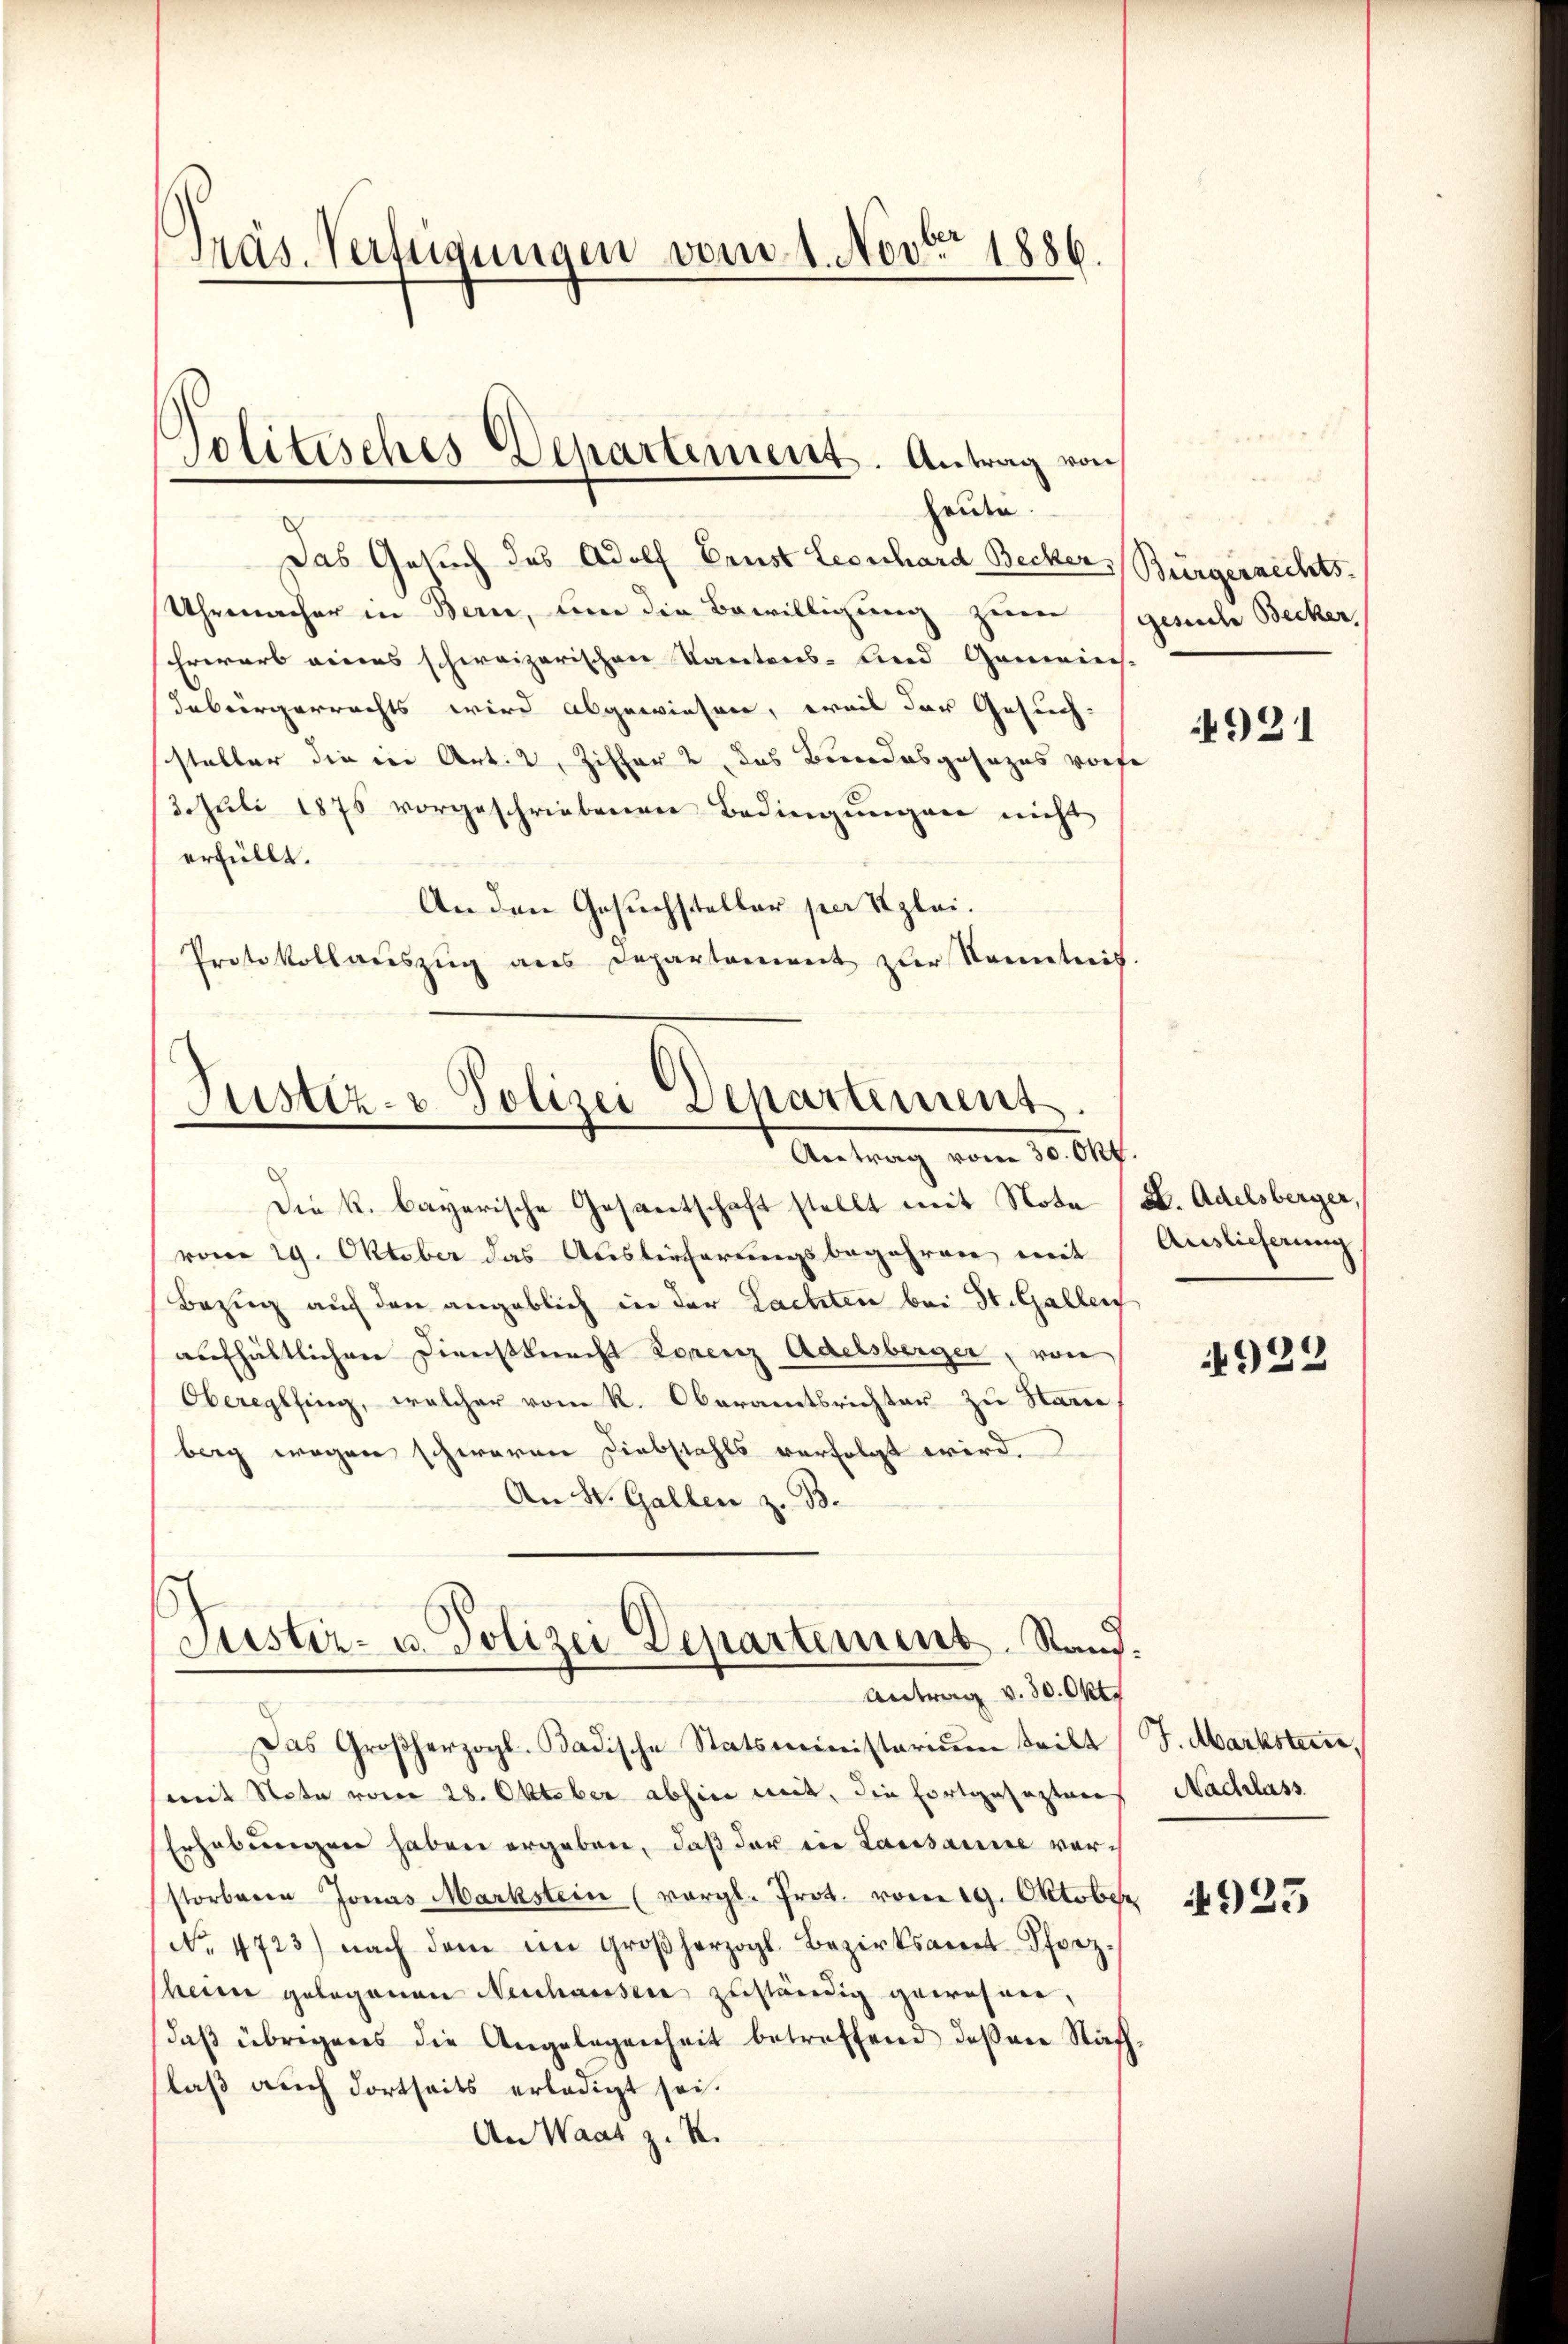
Präs. Verfügungen vom 1. Nov. 1886.

olitisches Departement. Antrag von
heute.

Justiz- u Polizei Departement
Antrag vom 2000 f.

Justiz- u. Polizei Departement. Stand:
Antrag v. 30. Okt.
Das Großherzogl-Badische Statsministerium teilt

Das Gesuch des Adolf Ernst Leonhard Becker, Bürgerrechts-
Uhrmacher in Bern, um die Bewilligung zum gesuche Becker,
hrerart eines schweizerischen Kantons- und Gemeins.
Inbergerrechts wird abgewiesen, weil der Gesuch-
ssteller die in Art. 2, Ziffer & das Bundesgesezes worfe
3. Juli 1875 vorgeschriebenen Bedingungen nicht
erfüllt.
An den Gesuchsteller per Klei¬
Protokollaŭszŭg ans Departament zŭr Kenntnis

Die k. bayerische Gesantschaft stellt mit Nota (B. Adelsberger,
vom 19. Oktober das Auslieferungsbegehren mit
Bezug auf den angeblich in der Lachten bei St. Gallen
aufhältlichen Dienstknecht Lorenz Adelsberger, von
Obereglfing, welcher vom k. Oberamtsrichter zu Hande,
berg wegen schweren Diebstahls verfolgt wird.
An St. Gallen z. B.
mit Nota vom 28. Oktober abhin mit, die Fortgesezten
Erhebungen haben ergeben, daß der in Lausanne vorstorberen Jonas Markstein (vergl. Prot. vom 19. Oktober
No. 4723) nach dem im Großherzogl. Bezirksamt Pforz-
heim gelegenen Neuhausen zuständig gewöhner,
daβ übrigens die Angelegenheit betreffend deßen Nach
laß auch dortseits erledigt sei.
An Waat z. R.

921

Auslieferung

4922

G. Marksteine,
Nachlass

4923